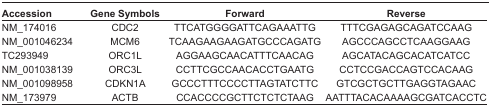
<table><thead><tr><td><b>Accession</b></td><td><b>Gene Symbols</b></td><td><b>Forward</b></td><td><b>Reverse</b></td></tr></thead><tbody><tr><td>NM_174016</td><td>CDC2</td><td>TTCATGGGGATTCAGAAATTG</td><td>TTTCGAGAGCAGATCCAAG</td></tr><tr><td>NM_001046234</td><td>MCM6</td><td>TCAAGAAGAAGATGCCCAGATG</td><td>AGCCCAGCCTCAAGGAAG</td></tr><tr><td>TC293949</td><td>ORC1L</td><td>AGGAAGCAACATTTCAACAG</td><td>AGCATACAGCACATCATCC</td></tr><tr><td>NM_001038139</td><td>ORC3L</td><td>CCTTCGCCAACACCTGAATG</td><td>CCTCCGACCAGTCCACAAG</td></tr><tr><td>NM_001098958</td><td>CDKN1A</td><td>GCCCTTTCCCCTTAGTATCTTC</td><td>GTCGCTGCTTGAGGTAGAAC</td></tr><tr><td>NM_173979</td><td>ACTB</td><td>CCACCCCGCTTCTCTCTAAG</td><td>AATTTACACAAAAGCGATCACCTC</td></tr></tbody></table>